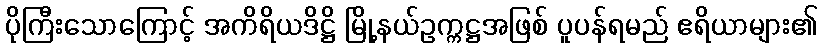
ပိုကြီးသောကြောင့် အကိရိယဒိဋ္ဌိ မြို့နယ်ဥက္ကဋ္ဌအဖြစ် ပူပန်ရမည် ဧရိယာများ၏